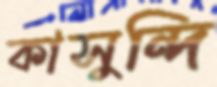
কাসুন্দি